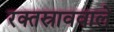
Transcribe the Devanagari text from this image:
रक्तस्राववाले